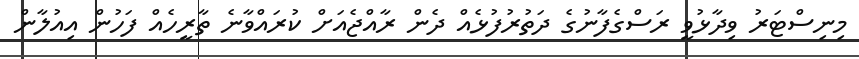
މިނިސްޓަރު ވިދާޅުވީ ރަސްގެފާނުގެ ދަތުރުފުޅެއް ދެން ރާއްޖެއަށް ކުރައްވާނެ ތާރީހެއް ފަހުން އިއުލާން